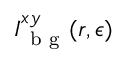
I _ { \mathrm { ~ b ~ g ~ } } ^ { x y } ( \boldsymbol { r } , \epsilon )